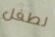
لطفل